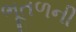
ભૂતળની